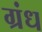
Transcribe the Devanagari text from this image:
ग्रंध